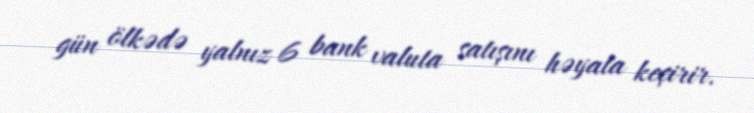
gün ölkədə yalnız 6 bank valuta satışını həyata keçirir.